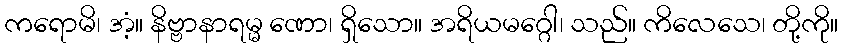
ကရောမိ၊ အံ့။ နိဗ္ဗာနာရမ္မ ဏော၊ ရှိသော။ အရိယမဂ္ဂေါ၊ သည်။ ကိလေသေ၊ တို့ကို။